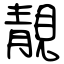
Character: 靚